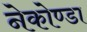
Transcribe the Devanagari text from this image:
नेकोण्डा